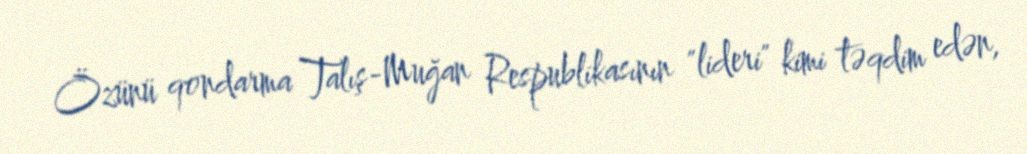
Özünü qondarma Talış-Muğan Respublikasının "lideri" kimi təqdim edən,